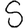
Digit: 5